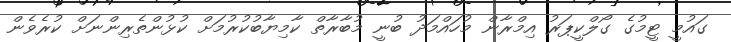
ގައުމީ ޓީމުގެ ގޯލްކީޕަރު އިމްރާން މުހައްމަދު ބުނީ މުބާރާތް ކާމިޔާބުކުރުމަށް ކުޅުންތެރިންނަށް ކުރެވެން